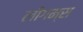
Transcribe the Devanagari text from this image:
लीगम्स